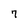
Character: 7